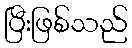
ပြီးဖြစ်သည်